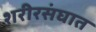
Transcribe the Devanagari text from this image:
शरीरसंघात